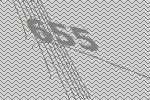
655